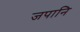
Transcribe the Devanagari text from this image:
जपानि